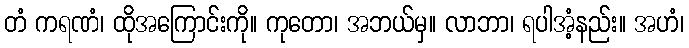
တံ ကရဏံ၊ ထိုအကြောင်းကို။ ကုတော၊ အဘယ်မှ။ လာဘာ၊ ရပါအံ့နည်း။ အဟံ၊